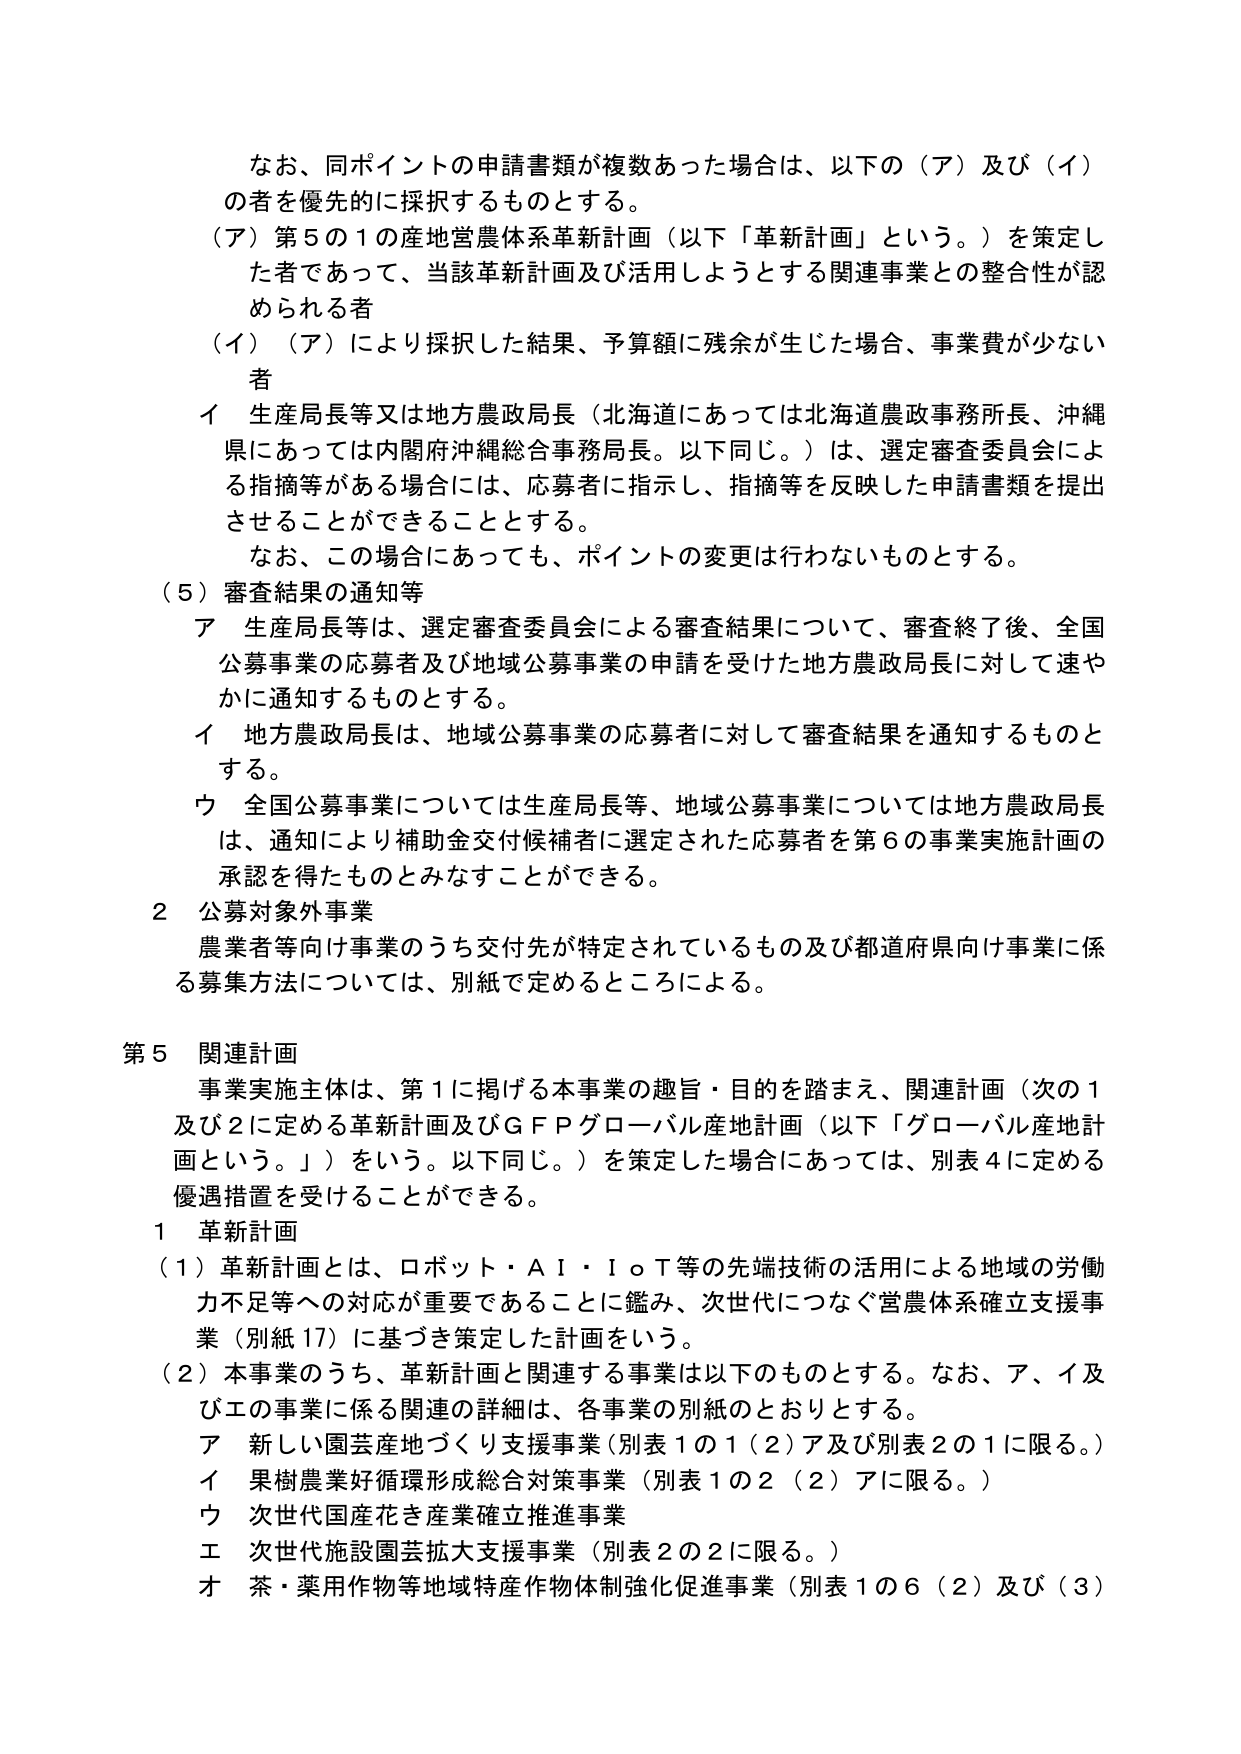
なお、同ポイントの申請書類が複数あった場合は、以下の（ア）及び（イ）の者を優先的に採択するものとする。

（ア）第5の1の産地営農体系革新計画（以下「革新計画」という。）を策定した者であって、当該革新計画及び活用しようとする関連事業との整合性が認められる者

（イ）（ア）により採択した結果、予算額に残余が生じた場合、事業費が少ない者

イ 生産局長等又は地方農政局長（北海道にあっては北海道農政事務所長、沖縄県にあっては内閣府沖縄総合事務局長。以下同じ。）は、選定審査委員会による指摘等がある場合には、応募者に指示し、指摘等を反映した申請書類を提出させることができることとする。

なお、この場合にあっても、ポイントの変更は行わないものとする。

（5）審査結果の通知等

ア 生産局長等は、選定審査委員会による審査結果について、審査終了後、全国公募事業の応募者及び地域公募事業の申請を受けた地方農政局長に対して速やかに通知するものとする。

イ 地方農政局長は、地域公募事業の応募者に対して審査結果を通知するものとする。

ウ 全国公募事業については生産局長等、地域公募事業については地方農政局長は、通知により補助金交付候補者に選定された応募者を第6の事業実施計画の承認を得たものとみなすことができる。

2 公募対象外事業

農業者等向け事業のうち交付先が特定されているもの及び都道府県向け事業に係る募集方法については、別紙で定めるところによる。

第5 関連計画

事業実施主体は、第1に掲げる本事業の趣旨・目的を踏まえ、関連計画（次の1及び2に定める革新計画及びGFPグローバル産地計画（以下「グローバル産地計画という。」）をいう。以下同じ。）を策定した場合にあっては、別表4に定める優遇措置を受けることができる。

1 革新計画

（1）革新計画とは、ロボット・AI・IoT等の先端技術の活用による地域の労働力不足等への対応が重要であることに鑑み、次世代につなぐ営農体系確立支援事業（別紙17）に基づき策定した計画をいう。

（2）本事業のうち、革新計画と関連する事業は以下のものとする。なお、ア、イ及びエの事業に係る関連の詳細は、各事業の別紙のとおりとする。

ア 新しい園芸産地づくり支援事業（別表1の1（2）ア及び別表2の1に限る。）

イ 果樹農業好循環形成総合対策事業（別表1の2（2）アに限る。）

ウ 次世代国産花き産業確立推進事業

エ 次世代施設園芸拡大支援事業（別表2の2に限る。）

オ 茶・薬用作物等地域特産作物体制強化促進事業（別表1の6（2）及び（3））